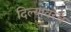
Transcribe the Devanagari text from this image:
दिल्यावरच